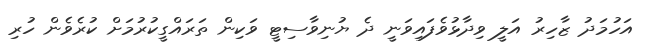
އަހުމަދު ޒާހިރު އަލީ ވިދާޅުވެފައިވަނީ ދެ ޔުނިވާސިޓީ ވަކިން ތަރައްގީކުރުމަށް ކުރެވެން ހުރި